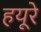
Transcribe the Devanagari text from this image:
हयूरे